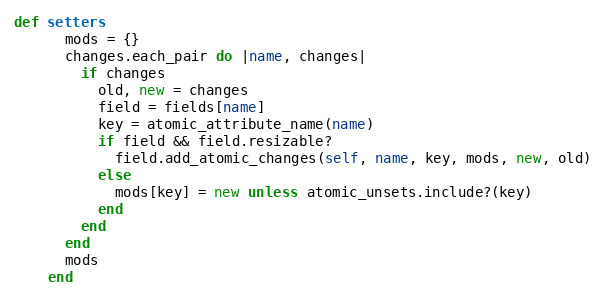
Language: Ruby
def setters
      mods = {}
      changes.each_pair do |name, changes|
        if changes
          old, new = changes
          field = fields[name]
          key = atomic_attribute_name(name)
          if field && field.resizable?
            field.add_atomic_changes(self, name, key, mods, new, old)
          else
            mods[key] = new unless atomic_unsets.include?(key)
          end
        end
      end
      mods
    end